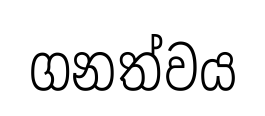
ගනත්වය